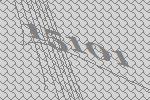
15101